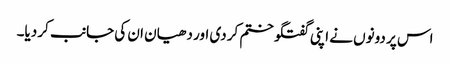
اس پر دونوں نے اپنی گفتگو ختم کر دی اور دھیان ان کی جانب کر دیا۔